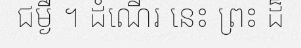
ជម្ងឺ ។ ដំណើរ នេះ ព្រះ ដ៏